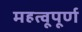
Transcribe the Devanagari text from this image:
महत्वूपूर्ण